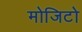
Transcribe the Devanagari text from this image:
मोजिटो